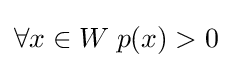
\forall x\in W\;p(x)>0